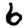
Digit: 6